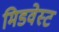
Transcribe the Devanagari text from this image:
मिडवेस्‍ट